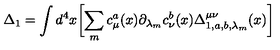
\Delta _ { 1 } = \int d ^ { 4 } x \biggl [ \sum _ { m } c _ { \mu } ^ { a } ( x ) { { \partial } _ { { \lambda } _ { m } } } c _ { \nu } ^ { b } ( x ) \Delta _ { 1 , a , b , { \lambda } _ { m } } ^ { \mu \nu } ( x ) \biggr ]